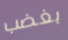
بغضب